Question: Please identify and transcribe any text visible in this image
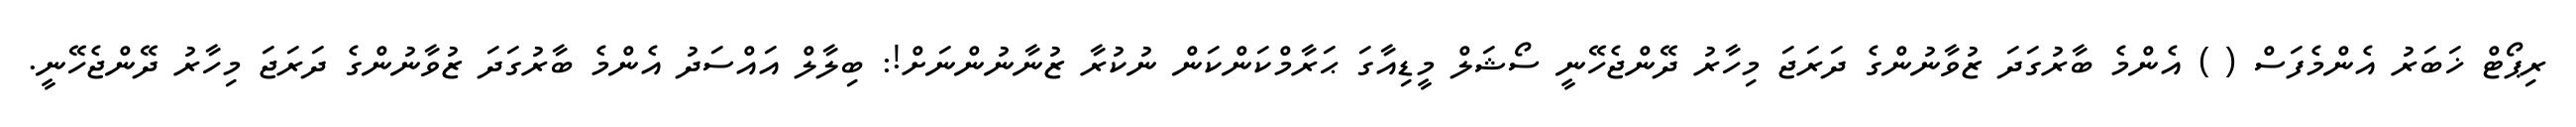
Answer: ރިޕޯޓް ޚަބަރު އެންމެފަސް ( ) އެންމެ ބާރުގަދަ ޒުވާނުންގެ ދަރަޖަ މިހާރު ދޭންޖެހޭނީ ސޯޝަލް މީޑިއާގަ ޙަރާމްކަންކަން ނުކުރާ ޒުނާނުންނަށް!: ބިލާލް އައްސަދު އެންމެ ބާރުގަދަ ޒުވާނުންގެ ދަރަޖަ މިހާރު ދޭންޖެހޭނީ.